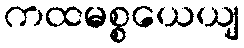
ကထမစ္စယေယျ